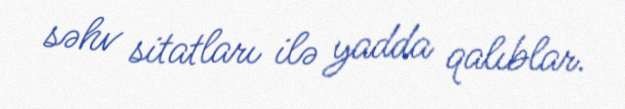
səhv sitatları ilə yadda qalıblar.